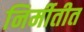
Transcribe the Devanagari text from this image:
निर्मीतीत